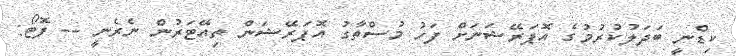
ކިޑްނީ ބަދަލުކުރުމުގެ އޮޕަރޭޝަނަށް ފަހު މުސްތާގު އޮޕަރޭޝަން ތިއޭޓަރުން ނެރެނީ -- ފޮޓޯ: